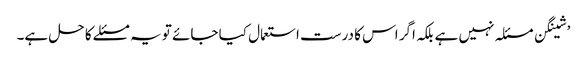
’شینگن مسئلہ نہیں ہے بلکہ اگر اس کا درست استعمال کیا جائے تو یہ مسئلے کا حل ہے۔